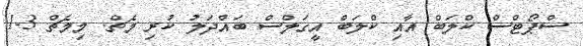
ސްޕޯޓްސް ކްލަބް އާއި ކްލަބް އީގަލްސް ބައްދަލު ކުރި މެޗް. މިމެޗް 3-1